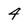
Character: 4